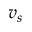
v _ { s }